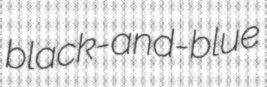
black-and-blue